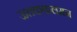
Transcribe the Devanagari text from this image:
ऊतककलमन